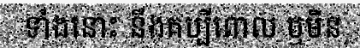
ទាំងនោះ នឹងគប្បីពោល ឬមិន